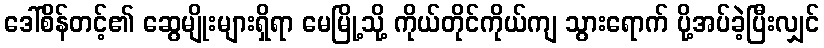
ဒေါ်စိန်တင့်၏ ဆွေမျိုးများရှိရာ မေမြို့သို့ ကိုယ်တိုင်ကိုယ်ကျ သွားရောက် ပို့အပ်ခဲ့ပြီးလျှင်